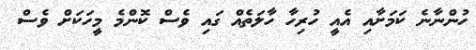
ހުންނާނެ ކަމަށާއި އެއީ ހުރިހާ ހާލަތެއް ގައި ވެސް ކޮންމެ މީހަކަށް ވެސް